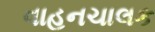
વાહનચાલક